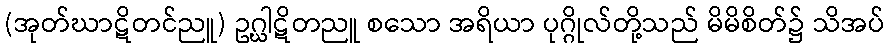
(အုတ်ဃာဋိတင်ညူ) ဥဂ္ဃါဋိတညူ စသော အရိယာ ပုဂ္ဂိုလ်တို့သည် မိမိစိတ်၌ သိအပ်